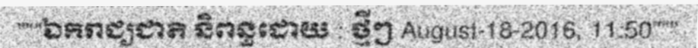
"""ឯករាជ្យជាតិ និពន្ធដោយ : ថ្មីៗ August-18-2016, 11:50"""